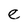
Character: e